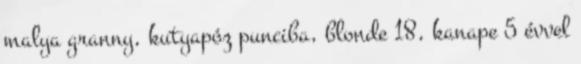
malya granny, kutyapóz punciba, blonde 18, kanape 5 évvel